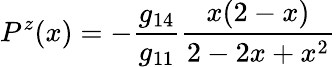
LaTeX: P^{z}(x)=-\frac{g_{14}}{g_{11}}\frac{x(2-x)}{2-2x+x^{2}}